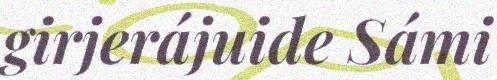
girjerájuide Sámi